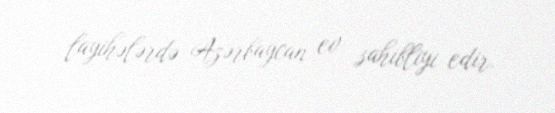
layihələrdə Azərbaycan ev sahibliyi edir.